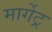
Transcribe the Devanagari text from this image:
मार्गेट्र